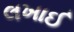
લખાઈ